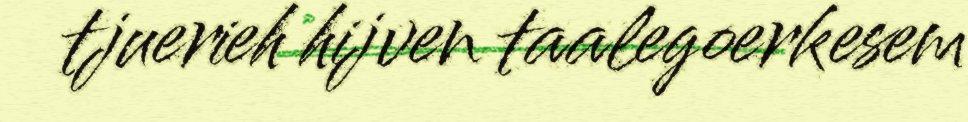
tjuerieh hijven taalegoerkesem